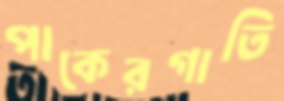
পাকেরগাতি